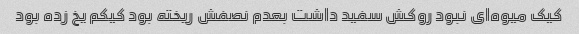
کیک میوه‌ای نبود روکش سفید داشت بعدم نصفش ریخته بود کیکم یخ زده بود